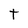
Character: t